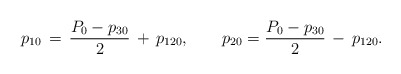
\begin{align*}p_{10}\,=\,{P_0-p_{30}\over2}\,+\,p_{120},\qquad p_{20}={P_0-p_{30}\over2}\,-\,p_{120}.\end{align*}